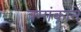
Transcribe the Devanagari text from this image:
क्र्मांकाने